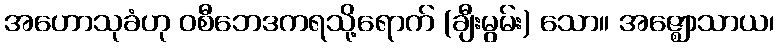
အဟောသုခံဟု ဝစီဘေဒကရသို့ရောက် (ချီးမွမ်း) သော။ အဇ္ဈောသာယ၊